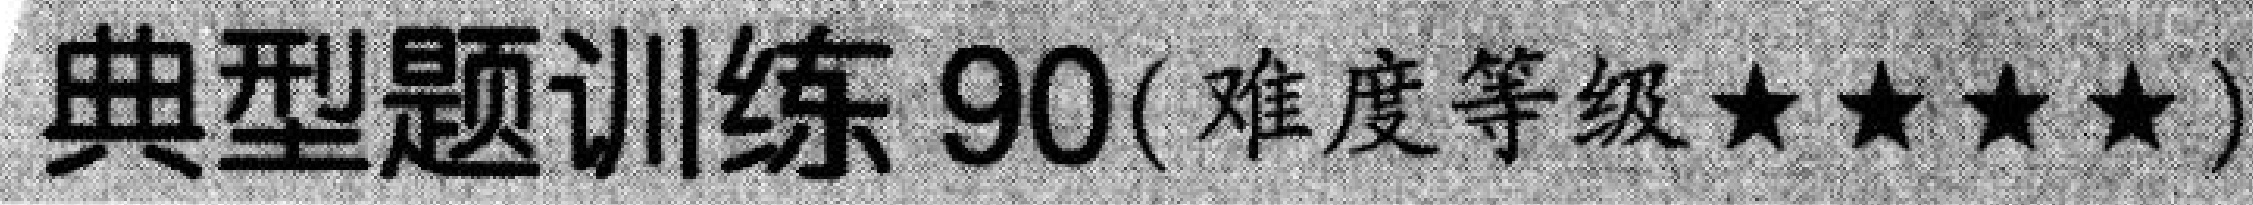
典型题训练 90( 难度等级$\star\star\star\star$)